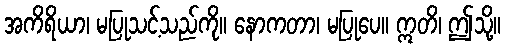
အကိရိယာ၊ မပြုသင့်သည်ကို။ နောကတာ၊ မပြုပေ။ ဣတိ၊ ဤသို့။